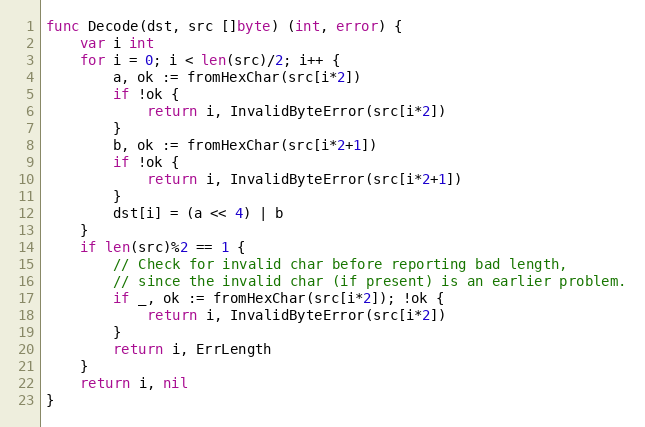
Language: Go
func Decode(dst, src []byte) (int, error) {
	var i int
	for i = 0; i < len(src)/2; i++ {
		a, ok := fromHexChar(src[i*2])
		if !ok {
			return i, InvalidByteError(src[i*2])
		}
		b, ok := fromHexChar(src[i*2+1])
		if !ok {
			return i, InvalidByteError(src[i*2+1])
		}
		dst[i] = (a << 4) | b
	}
	if len(src)%2 == 1 {
		// Check for invalid char before reporting bad length,
		// since the invalid char (if present) is an earlier problem.
		if _, ok := fromHexChar(src[i*2]); !ok {
			return i, InvalidByteError(src[i*2])
		}
		return i, ErrLength
	}
	return i, nil
}